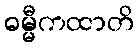
ဓမ္မီကထာတိ